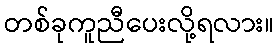
တစ်ခုကူညီပေးလို့ရလား။